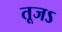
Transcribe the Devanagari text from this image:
तूजऽ